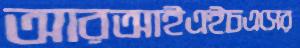
আরআইএইচএসের